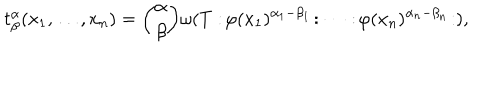
t _ { \beta } ^ { \alpha } ( x _ { 1 } , \ldots , x _ { n } ) = { \binom { \alpha } { \beta } } \omega ( T : \! \varphi ( x _ { 1 } ) ^ { \alpha _ { 1 } - \beta _ { 1 } } \! : \cdots : \! \varphi ( x _ { n } ) ^ { \alpha _ { n } - \beta _ { n } } \! : ) ,